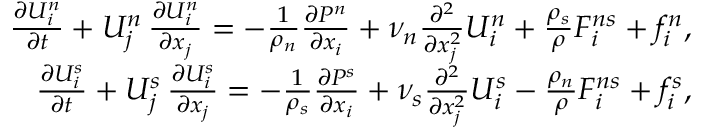
\begin{array} { r } { \frac { \partial U _ { i } ^ { n } } { \partial t } + U _ { j } ^ { n } \, \frac { \partial U _ { i } ^ { n } } { \partial x _ { j } } = - \frac { 1 } { \rho _ { n } } \frac { \partial P ^ { n } } { \partial x _ { i } } + \nu _ { n } \frac { \partial ^ { 2 } } { \partial x _ { j } ^ { 2 } } U _ { i } ^ { n } + \frac { \rho _ { s } } { \rho } F _ { i } ^ { n s } + f _ { i } ^ { n } , } \\ { \frac { \partial U _ { i } ^ { s } } { \partial t } + U _ { j } ^ { s } \, \frac { \partial U _ { i } ^ { s } } { \partial x _ { j } } = - \frac { 1 } { \rho _ { s } } \frac { \partial P ^ { s } } { \partial x _ { i } } + \nu _ { s } \frac { \partial ^ { 2 } } { \partial x _ { j } ^ { 2 } } U _ { i } ^ { s } - \frac { \rho _ { n } } { \rho } F _ { i } ^ { n s } + f _ { i } ^ { s } , } \end{array}